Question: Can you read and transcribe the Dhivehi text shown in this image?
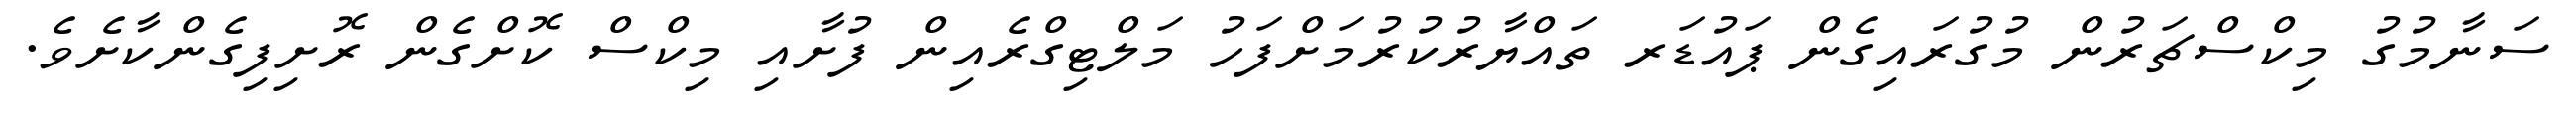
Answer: ސަނާމުގު މިކްސްޗަރުން މުގުރައިގެން ޕައުޑަރ ތައްޔާރުކުރުމަށްފަހު މަލްޓިގްރެއިން ފުށާއި މިކްސް ކޮށްގެން ރޮށިފިގެންކާށެވެ.